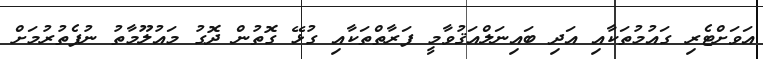
އަވަށްޓެރި ގައުމުތަކާއި އަދި ބައިނަލްއަޤުވާމީ ފަރާތްތަކާއި ގުޅޭ ގޮތުން ދޮގު މައުލޫމާތު ނުފެތުރުމަށް